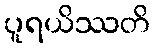
ပူရယိဿတိ